Report of the Indian Hemp Drugs Commission, 1894-1895 - Volume VIII
Year: 1894
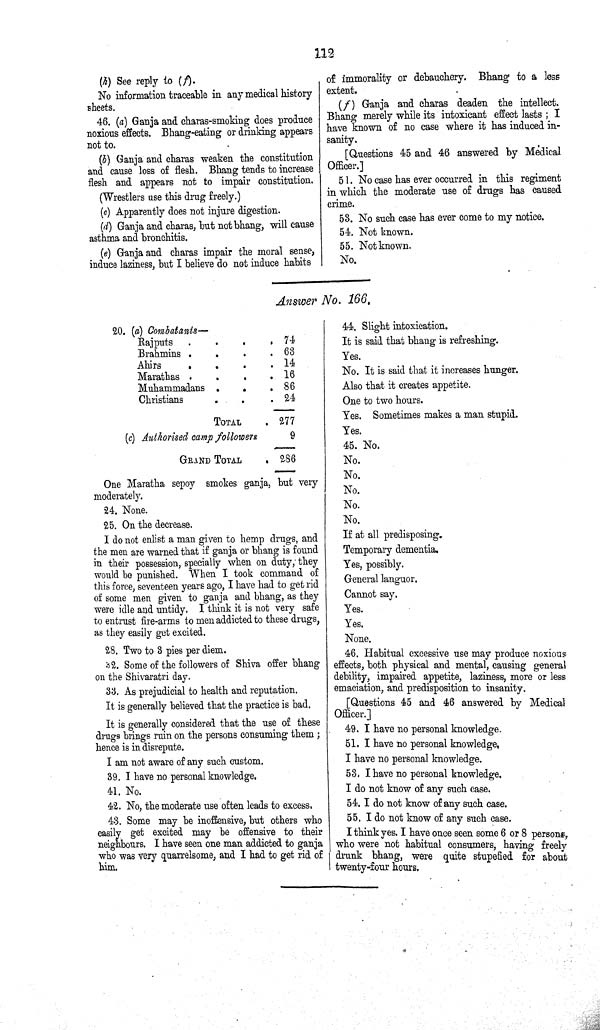
112
(h) See reply to (f).
No information traceable in any medical history
sheets.
46. (a) Ganja and charas-smoking does produce
noxious effects. Bhang-eating or drinking appears
not to.
(b) Ganja and charas weaken the constitution
and cause loss of flesh. Bhang tends to increase
flesh and appears not to impair constitution.
(Wrestlers use this drug freely.)
(c) Apparently does not injure digestion.
(d) Ganja and charas, but not bhang, will cause
asthma and bronchitis.
(e) Ganja and charas impair the moral sense,
induce laziness, but I believe do not induce habits
of immorality or debauchery. Bhang to a less
extent.
(f) Ganja and charas deaden the intellect.
Bhang merely while its intoxicant effect lasts; I
have known of no case where it has induced in¬
sanity.
[Questions 45 and 46 answered by Medical
Officer.]
51. No case has ever occurred in this regiment
in which the moderate use of drugs has caused
crime.
53. No such case has ever come to my notice.
54. Not known.
55. Not known.
No.
Answer No. 166.
20. (a) Combatants—
Rajputs
74
Brahmins
63
Ahirs
14
Marathas
16
Muhammadans
86
Christians
24
TOTAL
277
(c) Authorised camp followers
9
GRAND TOTAL
286
One Maratha sepoy smokes ganja, but very
moderately.
24. None.
25. On the decrease.
I do not enlist a man given to hemp drugs, and
the men are warned that if ganja or bhang is found
in their possession, specially when on duty, they
would be punished. When I took command of
this force, seventeen years ago, I have had to get rid
of some men given to ganja and bhang, as they
were idle and untidy. I think it is not very safe
to entrust fire-arms to men addicted to these drugs,
as they easily get excited.
28. Two to 3 pies per diem.
32. Some of the followers of Shiva offer bhang
on the Shivaratri day.
33. As prejudicial to health and reputation.
It is generally believed that the practice is bad.
It is generally considered that the use of these
drugs brings ruin on the persons consuming them;
hence is in disrepute.
I am not aware of any such custom.
39. I have no personal knowledge.
41. No.
42. No, the moderate use often leads to excess.
43. Some may be inoffensive, but others who
easily get excited may be offensive to their
neighbours. I have seen one man addicted to ganja
who was very quarrelsome, and I had to get rid of
him.
44. Slight intoxication.
It is said that bhang is refreshing.
Yes.
No. It is said that it increases hunger.
Also that it creates appetite.
One to two hours.
Yes. Sometimes makes a man stupid.
Yes.
45. No.
No.
No.
No.
No.
No.
If at all predisposing.
Temporary dementia.
Yes, possibly.
General languor.
Cannot say.
Yes.
Yes.
None.
46. Habitual excessive use may produce noxious
effects, both physical and mental, causing general
debility, impaired appetite, laziness, more or less
emaciation, and predisposition to insanity.
[Questions 45 and 46 answered by Medical
Officer.]
49. I have no personal knowledge.
51. I have no personal knowledge,
I have no personal knowledge.
53. I have no personal knowledge.
I do not know of any such case.
54. I do not know of any such case.
55. I do not know of any such case.
I think yes. I have once seen some 6 or 8 person,
who were not habitual consumers, having freely
drunk bhang, were quite stupefied for about
twenty-four hours.